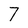
Character: 7